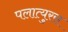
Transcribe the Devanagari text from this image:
पलात्युरस